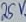
Text: 25V